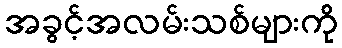
အခွင့်အလမ်းသစ်များကို